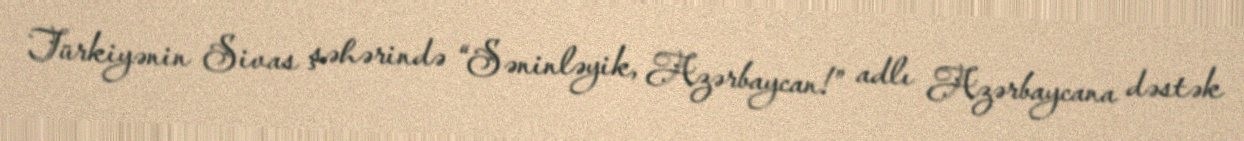
Türkiyənin Sivas şəhərində “Səninləyik, Azərbaycan!” adlı Azərbaycana dəstək